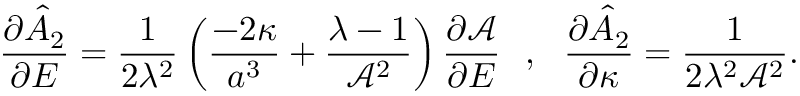
\frac { \partial \hat { A } _ { 2 } } { \partial E } = \frac { 1 } { 2 \lambda ^ { 2 } } \left( \frac { - 2 \kappa } { a ^ { 3 } } + \frac { \lambda - 1 } { \mathcal { A } ^ { 2 } } \right) \frac { \partial \mathcal { A } } { \partial E } ~ ~ , ~ ~ \frac { \partial \hat { A } _ { 2 } } { \partial \kappa } = \frac { 1 } { 2 \lambda ^ { 2 } \mathcal { A } ^ { 2 } } .